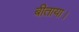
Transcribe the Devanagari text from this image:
बीताया।